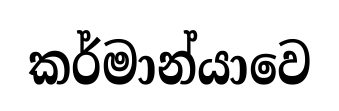
කර්මාන්යාවෙ